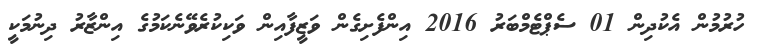
ހުރުމުން އެކުދިން 01 ސެޕްޓެމްބަރު 2016 އިންފެށިގެން ވަޒީފާއިން ވަކިކުރެވޭނެކަމުގެ އިންޒާރު ދިނުމަކީ